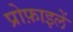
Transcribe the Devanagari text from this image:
प्रोफ़ाइलें